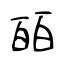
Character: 皕